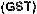
(GST)